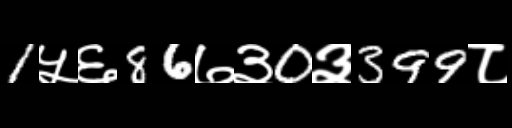
Text: 1५६86७३0३399८